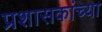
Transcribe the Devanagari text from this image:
प्रशासकांच्या